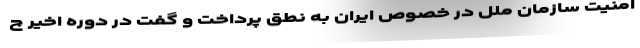
امنیت سازمان ملل در خصوص ایران به نطق پرداخت و گفت در دوره اخیر چ